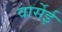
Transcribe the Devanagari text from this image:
वार्सेई